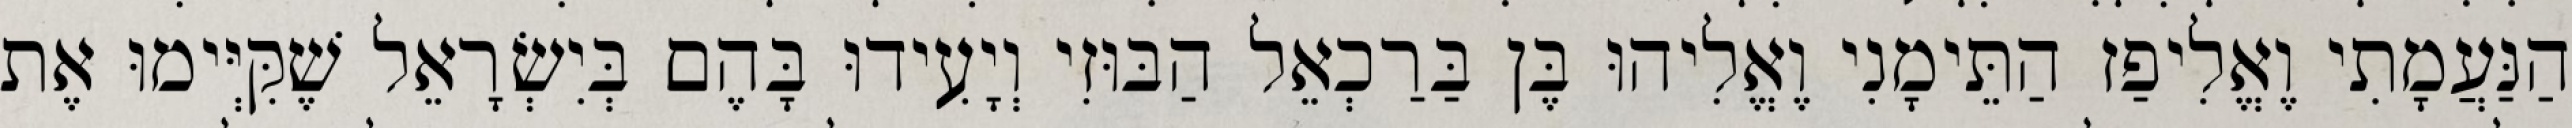
הַנַּעֲמָתִי וֶאֱלִיפַז הַתֵּימָנִי וֶאֱלִיהוּ בֶּן בַּרַכְאֵל הַבּוּזִי וְיָעִידוּ בָּהֶם בְּיִשְׂרָאֵל שֶׁקִּיְּימוּ אֶת